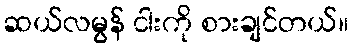
ဆယ်လမွန် ငါးကို စားချင်တယ်။